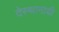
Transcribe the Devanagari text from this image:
देस्थानाची